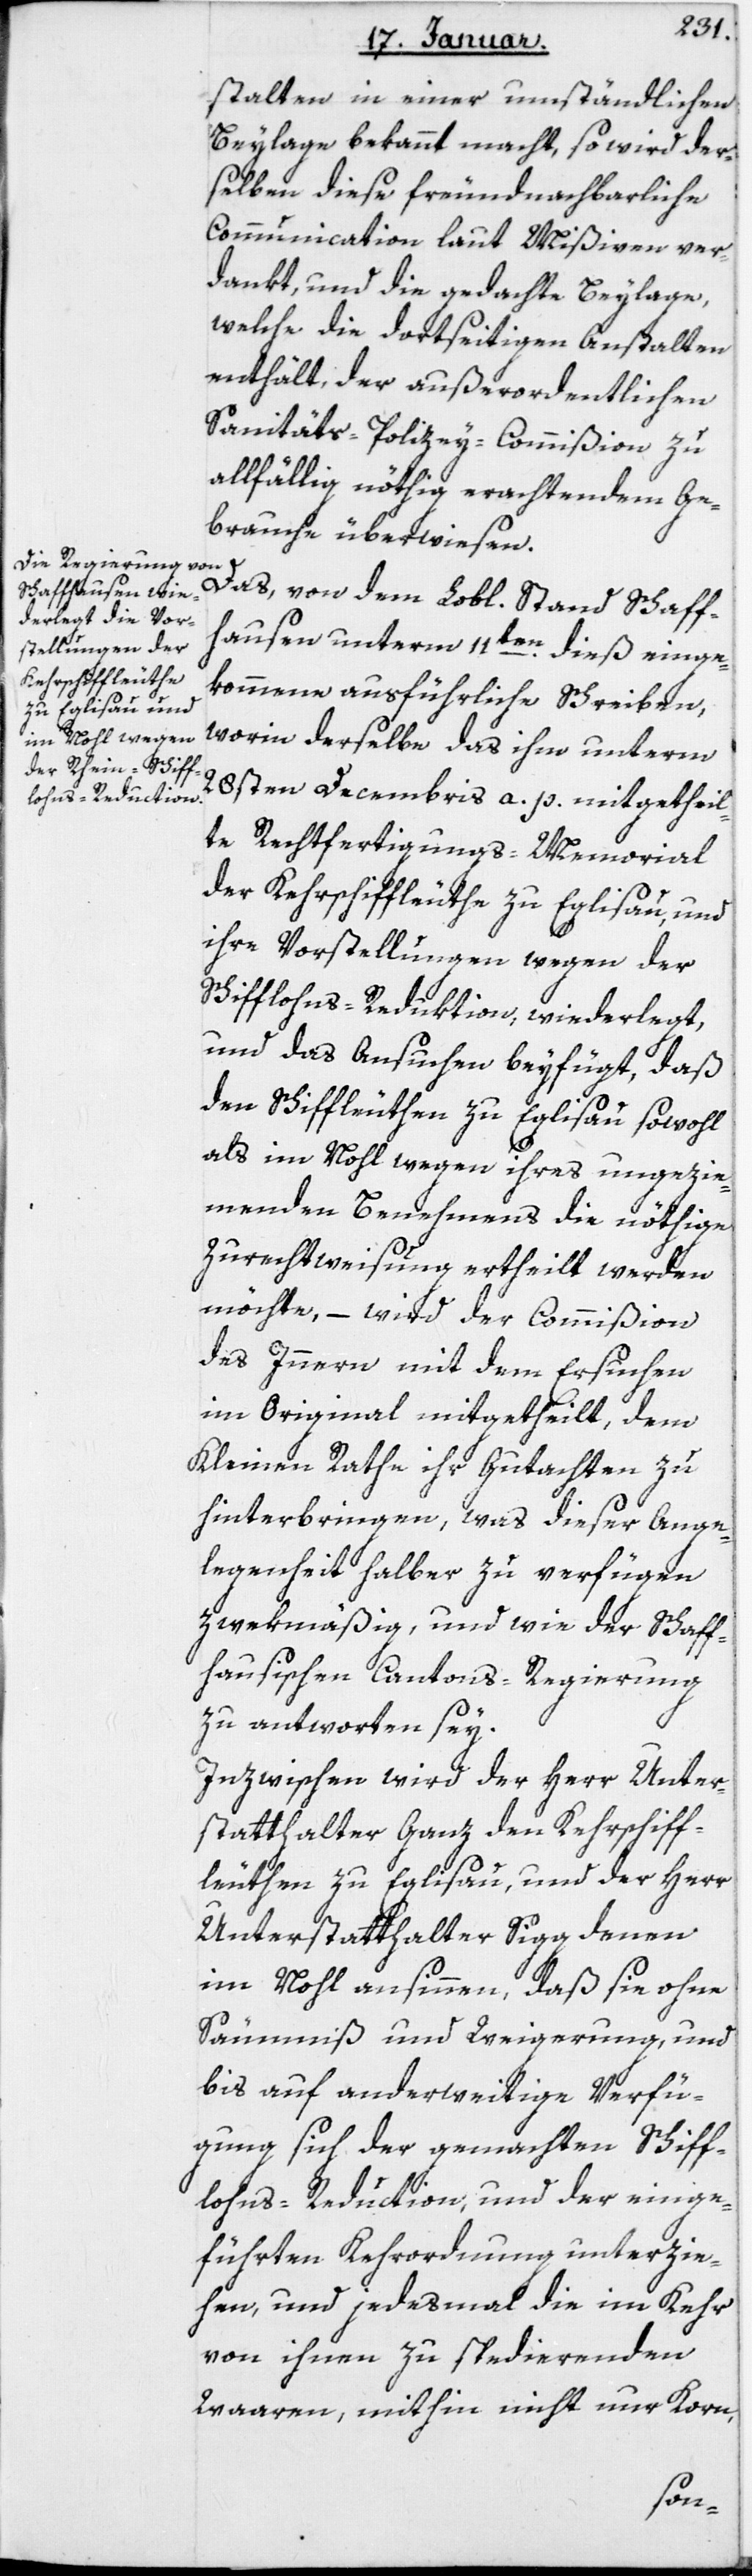
stalten in einer umständlichen
Beylage bekannt macht, so wird der¬
selben diese freundnachbarliche
Communication laut Mißiven ver¬
dankt, und die gedachte Beylage,
welche die dortseitigen Anstalten
enthält, der außerordentlichen
Sanitäts-Polizey-Commißion zu
allfällig nöthig erachtenden Ge¬
brauche überwiesen.
Das von dem Lobl. Stand Schaff¬
hausen unterm 11ten dieß einge¬
kommene ausführliche Schreiben,
worin derselbe das ihm unterm
28sten Decembris a. p. mitgetheil¬
te Rechtfertigungs-Memorial
der Kehrschiffleuthe zu Eglisau, und
ihre Vorstellungen wegen der
Schifflohns-Reduktion widerlegt,
und das Ansuchen beyfügt, daß
den Schiffleuthen zu Eglisau sowohl
als im Nohl wegen ihres ungezie¬
menden Benehmens die nöthige
Zurechtweisung ertheilt werden
möchte, – wird der Commißion
des Innern mit dem Ersuchen
im Original mitgetheilt, dem
Kleinen Rathe ihr Gutachten zu¬
hinterbringen, was dieser Ange¬
legenheit halber zu verfügen
zwekmäßig, und wie der schaff¬
hausischen Cantonsregierung
zu antworten sey.
Inzwischen wird der Herr Unter¬
statthalter Ganz den Kehrschiff¬
leuthen zu Eglisau, und der Herr
Unterstatthalter Sigg denen
im Nohl ansinnen, daß sie ohne
Säumnis und Weigerung und
bis auf anderweitige Verfü¬
gung sich der gemachten Schiff¬
lohns-Reduktion, und der einge¬
führten Kehrordnung unterzie¬
hen, und jedesmal die im Kehr
von ihnen zu spedierenden
Waaren, mithin nicht nur Korn,